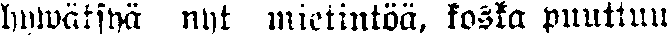
hywäksyä nyt mietintöä, koska puuttuu